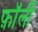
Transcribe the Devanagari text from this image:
फ़ॉर्ली